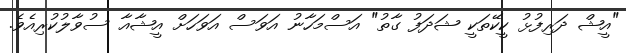
"އީޝް ދަރިފުޅު ކީކޭތަކީ ޝަދަފު ގާތު" އަސްމަހާނު އަވަސް އަވަހަށް އީޝާއާ ސުވާލުކުރިއެވެ.